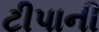
ટીપાની